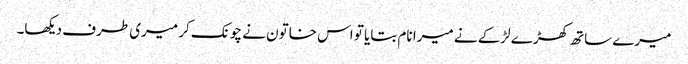
میرے ساتھ کھڑے لڑکے نے میرا نام بتایا تو اس خاتون نے چونک کر میری طرف دیکھا۔